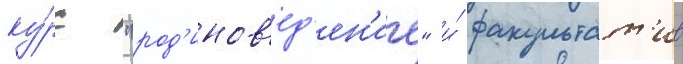
ку́рс "род'инов'ед'ен'ие" и́ факультат'ив